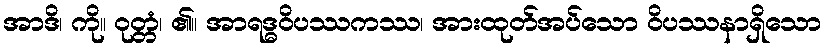
အာဒိ၊ ကို။ ဝုတ္တံ၊ ၏။ အာရဒ္ဓဝိပဿကဿ၊ အားထုတ်အပ်သော ဝိပဿနာရှိသော